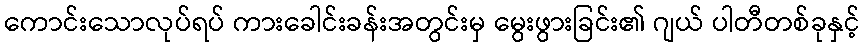
ကောင်းသောလုပ်ရပ် ကားခေါင်းခန်းအတွင်းမှ မွေးဖွားခြင်း၏ ဂျယ် ပါတီတစ်ခုနှင့်